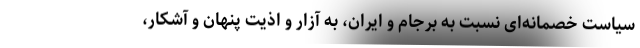
سیاست خصمانه‌ای نسبت به برجام و ایران، به آزار و اذیت پنهان و آشکار،